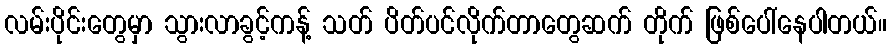
လမ်းပိုင်းတွေမှာ သွားလာခွင့်ကန့် သတ် ပိတ်ပင်လိုက်တာတွေဆက် တိုက် ဖြစ်ပေါ်နေပါတယ်။